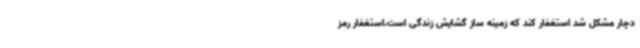
دچار مشکل شد استغفار کند که زمینه ساز گشایش زندگی است.استغفار رمز